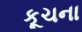
કૂચના